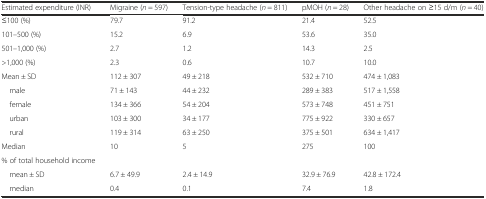
<table><thead><tr><td><b>Estimated expenditure (INR)</b></td><td><b>Migraine (<i>n</i> = 597)</b></td><td><b>Tension-type headache (<i>n</i> = 811)</b></td><td><b>pMOH (<i>n</i> = 28)</b></td><td><b>Other headache on ≥15 d/m (<i>n</i> = 40)</b></td></tr></thead><tbody><tr><td>≤100 (%)</td><td>79.7</td><td>91.2</td><td>21.4</td><td>52.5</td></tr><tr><td>101–500 (%)</td><td>15.2</td><td>6.9</td><td>53.6</td><td>35.0</td></tr><tr><td>501–1,000 (%)</td><td>2.7</td><td>1.2</td><td>14.3</td><td>2.5</td></tr><tr><td>&gt;1,000 (%)</td><td>2.3</td><td>0.6</td><td>10.7</td><td>10.0</td></tr><tr><td>Mean ± SD</td><td>112 ± 307</td><td>49 ± 218</td><td>532 ± 710</td><td>474 ± 1,083</td></tr><tr><td> male</td><td>71 ± 143</td><td>44 ± 232</td><td>289 ± 383</td><td>517 ± 1,558</td></tr><tr><td> female</td><td>134 ± 366</td><td>54 ± 204</td><td>573 ± 748</td><td>451 ± 751</td></tr><tr><td> urban</td><td>103 ± 300</td><td>34 ± 177</td><td>775 ± 922</td><td>330 ± 657</td></tr><tr><td> rural</td><td>119 ± 314</td><td>63 ± 250</td><td>375 ± 501</td><td>634 ± 1,417</td></tr><tr><td>Median</td><td>10</td><td>5</td><td>275</td><td>100</td></tr><tr><td>% of total household income</td><td></td><td></td><td></td><td></td></tr><tr><td> mean ± SD</td><td>6.7 ± 49.9</td><td>2.4 ± 14.9</td><td>32.9 ± 76.9</td><td>42.8 ± 172.4</td></tr><tr><td> median</td><td>0.4</td><td>0.1</td><td>7.4</td><td>1.8</td></tr></tbody></table>